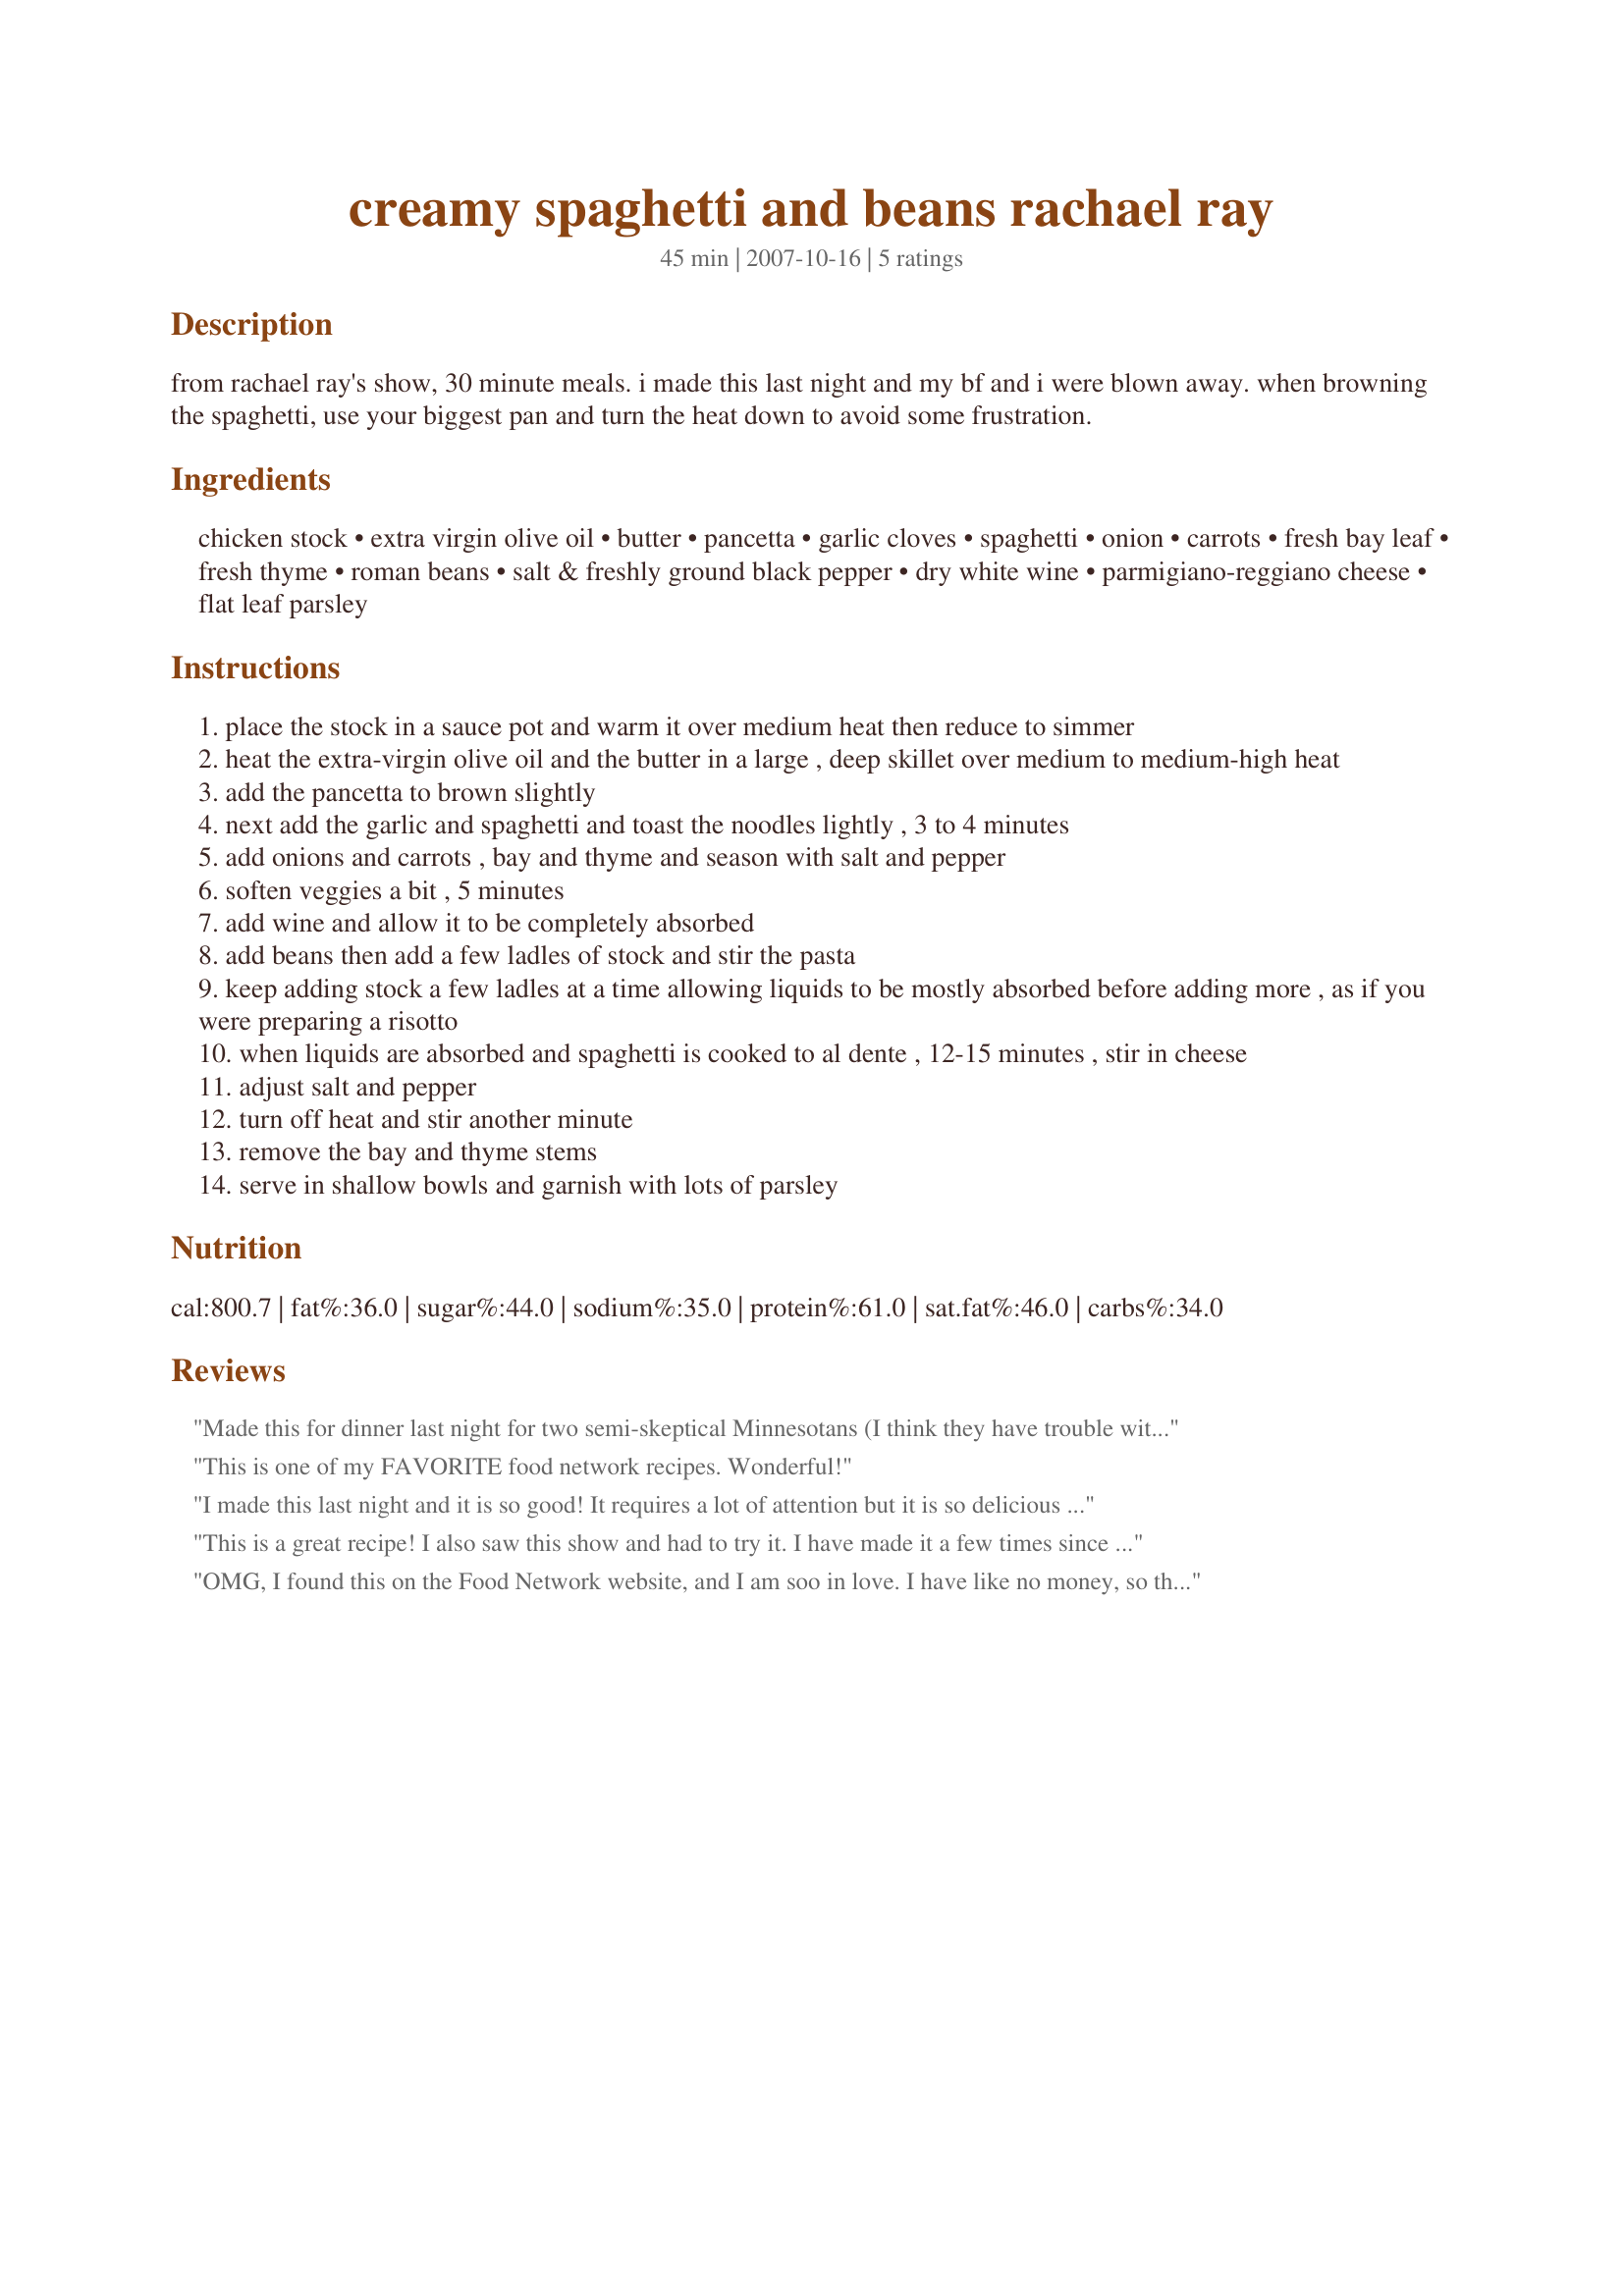
creamy spaghetti and beans rachael ray
Preparation time: 45 minutes

from rachael ray's show, 30 minute meals. i made this last night and my bf and i were blown away. when browning the spaghetti, use your biggest pan and turn the heat down to avoid some frustration.

Ingredients:
chicken stock, extra virgin olive oil, butter, pancetta, garlic cloves, spaghetti, onion, carrots, fresh bay leaf, fresh thyme, roman beans, salt & freshly ground black pepper, dry white wine, parmigiano-reggiano cheese, flat leaf parsley

Steps:
place the stock in a sauce pot and warm it over medium heat then reduce to simmer
heat the extra-virgin olive oil and the butter in a large , deep skillet over medium to medium-high heat
add the pancetta to brown slightly
next add the garlic and spaghetti and toast the noodles lightly , 3 to 4 minutes
add onions and carrots , bay and thyme and season with salt and pepper
soften veggies a bit , 5 minutes
add wine and allow it to be completely absorbed
add beans then add a few ladles of stock and stir the pasta
keep adding stock a few ladles at a time allowing liquids to be mostly absorbed before adding more , as if you were preparing a risotto
when liquids are absorbed and spaghetti is cooked to al dente , 12-15 minutes , stir in cheese
adjust salt and pepper
turn off heat and stir another minute
remove the bay and thyme stems
serve in shallow bowls and garnish with lots of parsley

Reviews:
Made this for dinner last night for two semi-skeptical Minnesotans (I think they have trouble with the idea of pasta without cream or tomato based sauce). Cooked by the recipe this time, and had some suggestions for next time. First, I won't use spaghetti - even my monster skillet was not big enough for 1 pound of long noodles. Next time I'll probably use penne or something similar. Second, it was a bit bland, which was a surprise. I think I'll up the garlic and spices quotient. Overall, a really good idea, and I loved a new way to use beans in a pasta dish! 'Absorption pasta' is still my favorite way to cook the stuff, and soo much easier than hauling some monster pot around! Thanks for posting!
This is one of my FAVORITE food network recipes. Wonderful!
I made this last night and it is so good! It requires a lot of attention but it is so delicious I didn't mind.
This is a great recipe! I also saw this show and had to try it. I have made it a few times since then. I don't add the spaghetti until after the veggies are softened, since they didn't seem to get to the bottom of the pan with all that spaghetti in there (I used my biggest 12" pan).
OMG, I found this on the Food Network website, and I am soo in love. I have like no money, so this is a great, filling recipe. I didn't use all the oil/butter and I didn't have any pancetta or carrots, but it was still awesome! It's so creamy and flavorful. I would have never thought about cooking spaghetti like this, but it's amazing. Everyone needs to try this recipe! Thanks for posting here!
